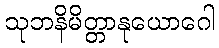
သုဘနိမိတ္တာနုယောဂေါ